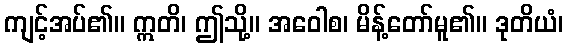
ကျင့်အပ်၏။ ဣတိ၊ ဤသို့။ အဝေါစ၊ မိန့်တော်မူ၏။ ဒုတိယံ၊